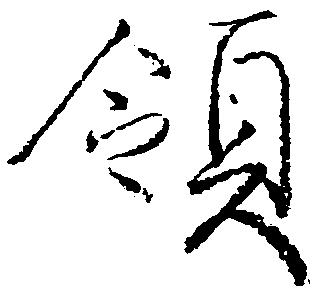
領